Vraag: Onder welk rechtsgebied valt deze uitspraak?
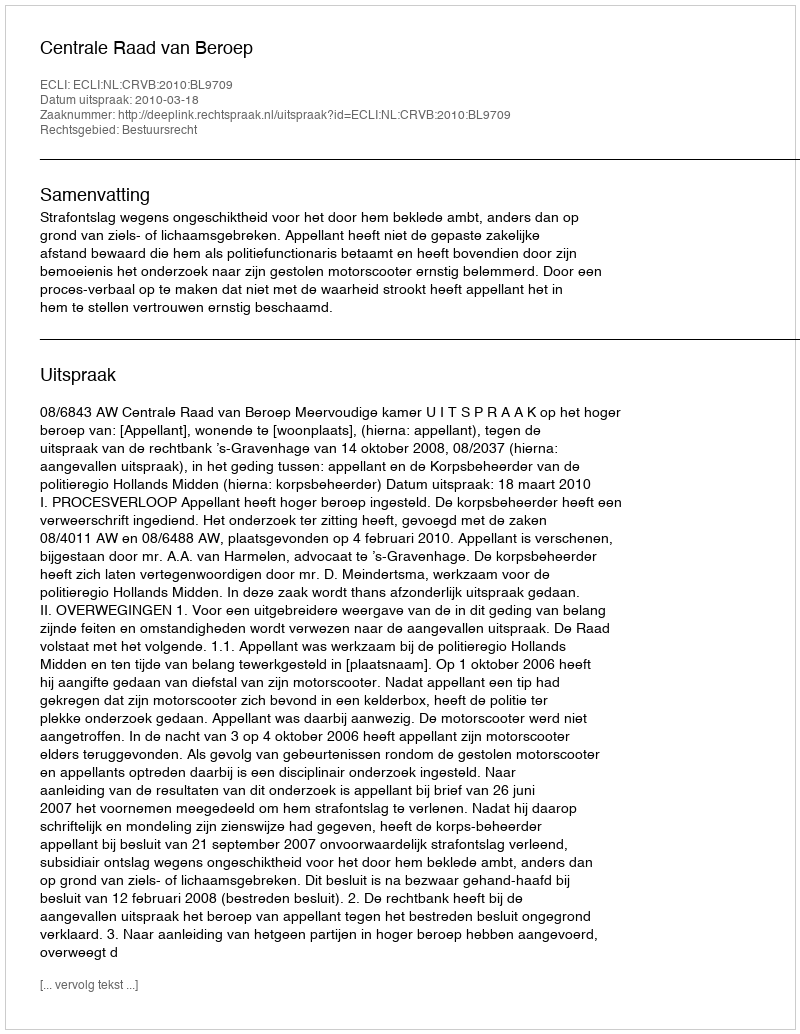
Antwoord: Bestuursrecht